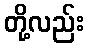
တို့လည်း